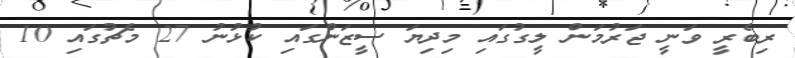
ރިބެރީ ވަނީ ޖަރުމަން ލީގުގައި މިދިޔަ ސީޒަންގައި ކުޅުނު 27 މެޗުގައި 10